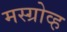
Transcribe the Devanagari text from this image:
मस्ग्रोव्ह